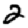
Digit: 2